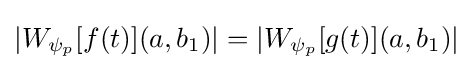
|W_{\psi _{p}}[f(t)](a,b_{1})|=|W_{\psi _{p}}[g(t)](a,b_{1})|